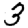
Digit: 3